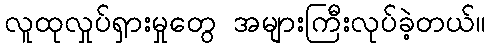
လူထုလှုပ်ရှားမှုတွေ အများကြီးလုပ်ခဲ့တယ်။